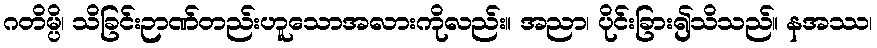
ဂတိမ္ပိ၊ သိခြင်းဉာဏ်တည်းဟူသောအလားကိုလည်း။ အညာ၊ ပိုင်းခြား၍သိသည်။ နအဿ၊